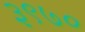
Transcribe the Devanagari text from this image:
३९७०